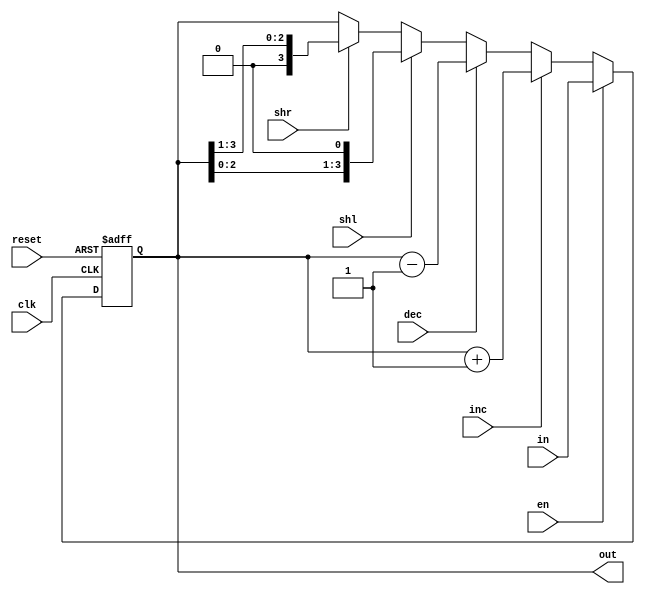
`timescale 1ns / 1ps

module registru(in, clk, reset, en, inc, dec, shl, shr, out);
input[3:0] in;
input clk, reset, en, inc, dec, shl, shr;
output reg[3:0] out; 

always @(posedge clk or posedge reset) begin
if (reset) 
    out <= 4'd0;
else if (en) 
    out <= in;
else if (inc)
    out <= out + 4'd1;
else if (dec)
    out <= out - 4'd1;
else if (shl) 
    out <=  out << 1;
else if (shr)
    out <= out >> 1;
end
  
endmodule